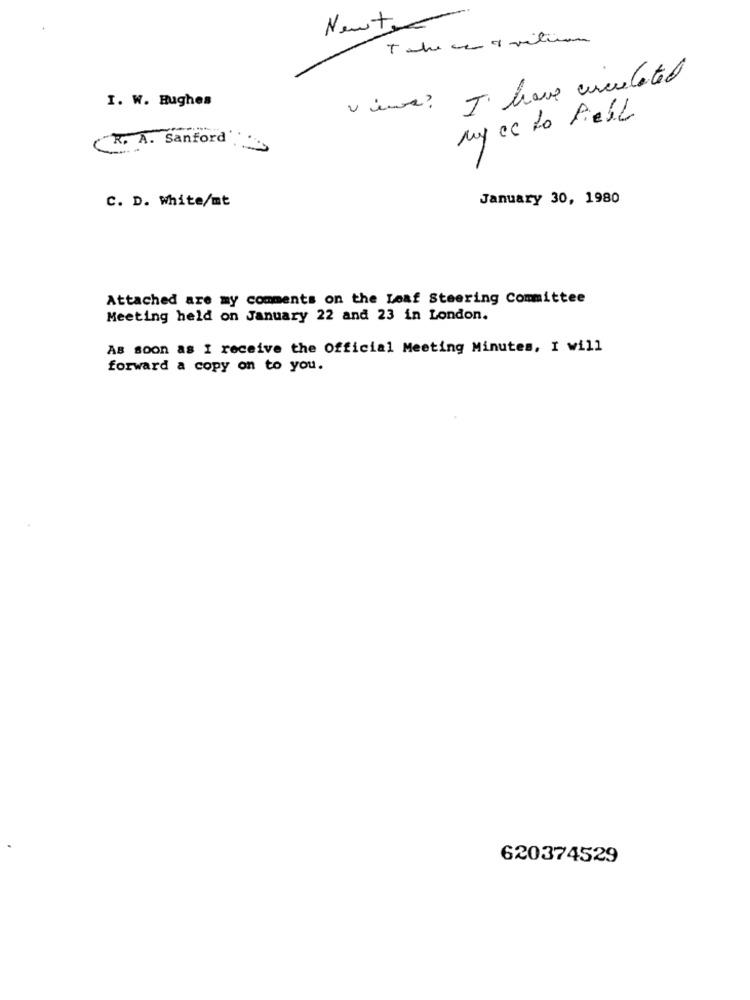
Newto
The ce & vitum
views? J. have circulated
I. W. Hughes
My cc to Piell
"R. A. Sanford
C. D. White/mt
January 30, 1980
Attached are my comments on the Leaf Steering Committee
Meeting held on January 22 and 23 in London.
As soon as I receive the Official Meeting Minutes, I will
forward a copy on to you.
620374529